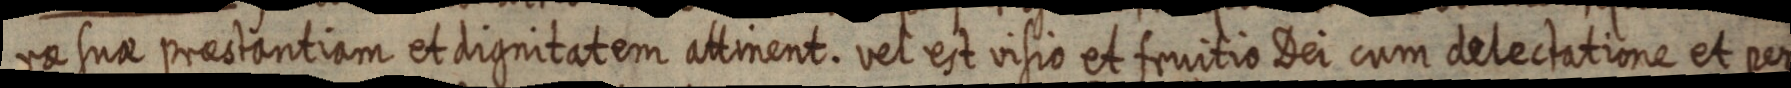
rae sua praestantiam et dignitatem attinent. vel est visio et fruitio Dei cum delectatione et per